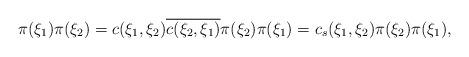
LaTeX: \begin{align*}\pi (\xi_1)\pi(\xi_2) = c(\xi_1,\xi_2)\overline{c (\xi_2 , \xi_1)}\pi(\xi_2)\pi(\xi_1) = c_s (\xi_1, \xi_2)\pi(\xi_2)\pi(\xi_1),\end{align*}